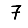
Digit: 7